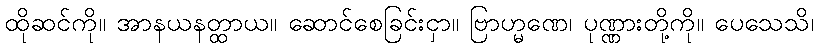
ထိုဆင်ကို။ အာနယနတ္ထာယ။ ဆောင်စေခြင်းငှာ။ ဗြာဟ္မဏေ၊ ပုဏ္ဏားတို့ကို။ ပေသေသိ၊